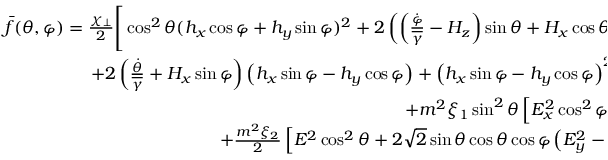
\begin{array} { r } { \bar { f } ( \theta , \varphi ) = \frac { \chi _ { \perp } } { 2 } \Bigg [ \cos ^ { 2 } \theta ( h _ { x } \cos \varphi + h _ { y } \sin \varphi ) ^ { 2 } + 2 \left( \left( \frac { \dot { \varphi } } { \overline { \gamma } } - H _ { z } \right) \sin \theta + H _ { x } \cos \theta \cos \varphi \right) \cos \theta \left( h _ { x } \cos \varphi + h _ { y } \sin \varphi \right) } \\ { + 2 \left( \frac { \dot { \theta } } { \overline { \gamma } } + H _ { x } \sin \varphi \right) \left( h _ { x } \sin \varphi - h _ { y } \cos \varphi \right) + \left( h _ { x } \sin \varphi - h _ { y } \cos \varphi \right) ^ { 2 } \Bigg ] + m \sin \theta \left( h _ { x } \cos \varphi + h _ { y } \sin \varphi \right) } \\ { + m ^ { 2 } \xi _ { 1 } \sin ^ { 2 } \theta \left[ E _ { x } ^ { 2 } \cos ^ { 2 } \varphi + 2 E _ { x } E _ { y } \cos \varphi \sin \varphi + E _ { y } ^ { 2 } \sin ^ { 2 } \varphi \right] } \\ { + \frac { m ^ { 2 } \xi _ { 2 } } { 2 } \left[ E ^ { 2 } \cos ^ { 2 } \theta + 2 \sqrt { 2 } \sin \theta \cos \theta \cos \varphi \left( E _ { y } ^ { 2 } - E _ { x } ^ { 2 } \right) + 4 \sqrt { 2 } E _ { x } E _ { y } \sin \theta \cos \theta \sin \varphi \right] } \end{array}